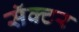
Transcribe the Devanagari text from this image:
सॅक्टर